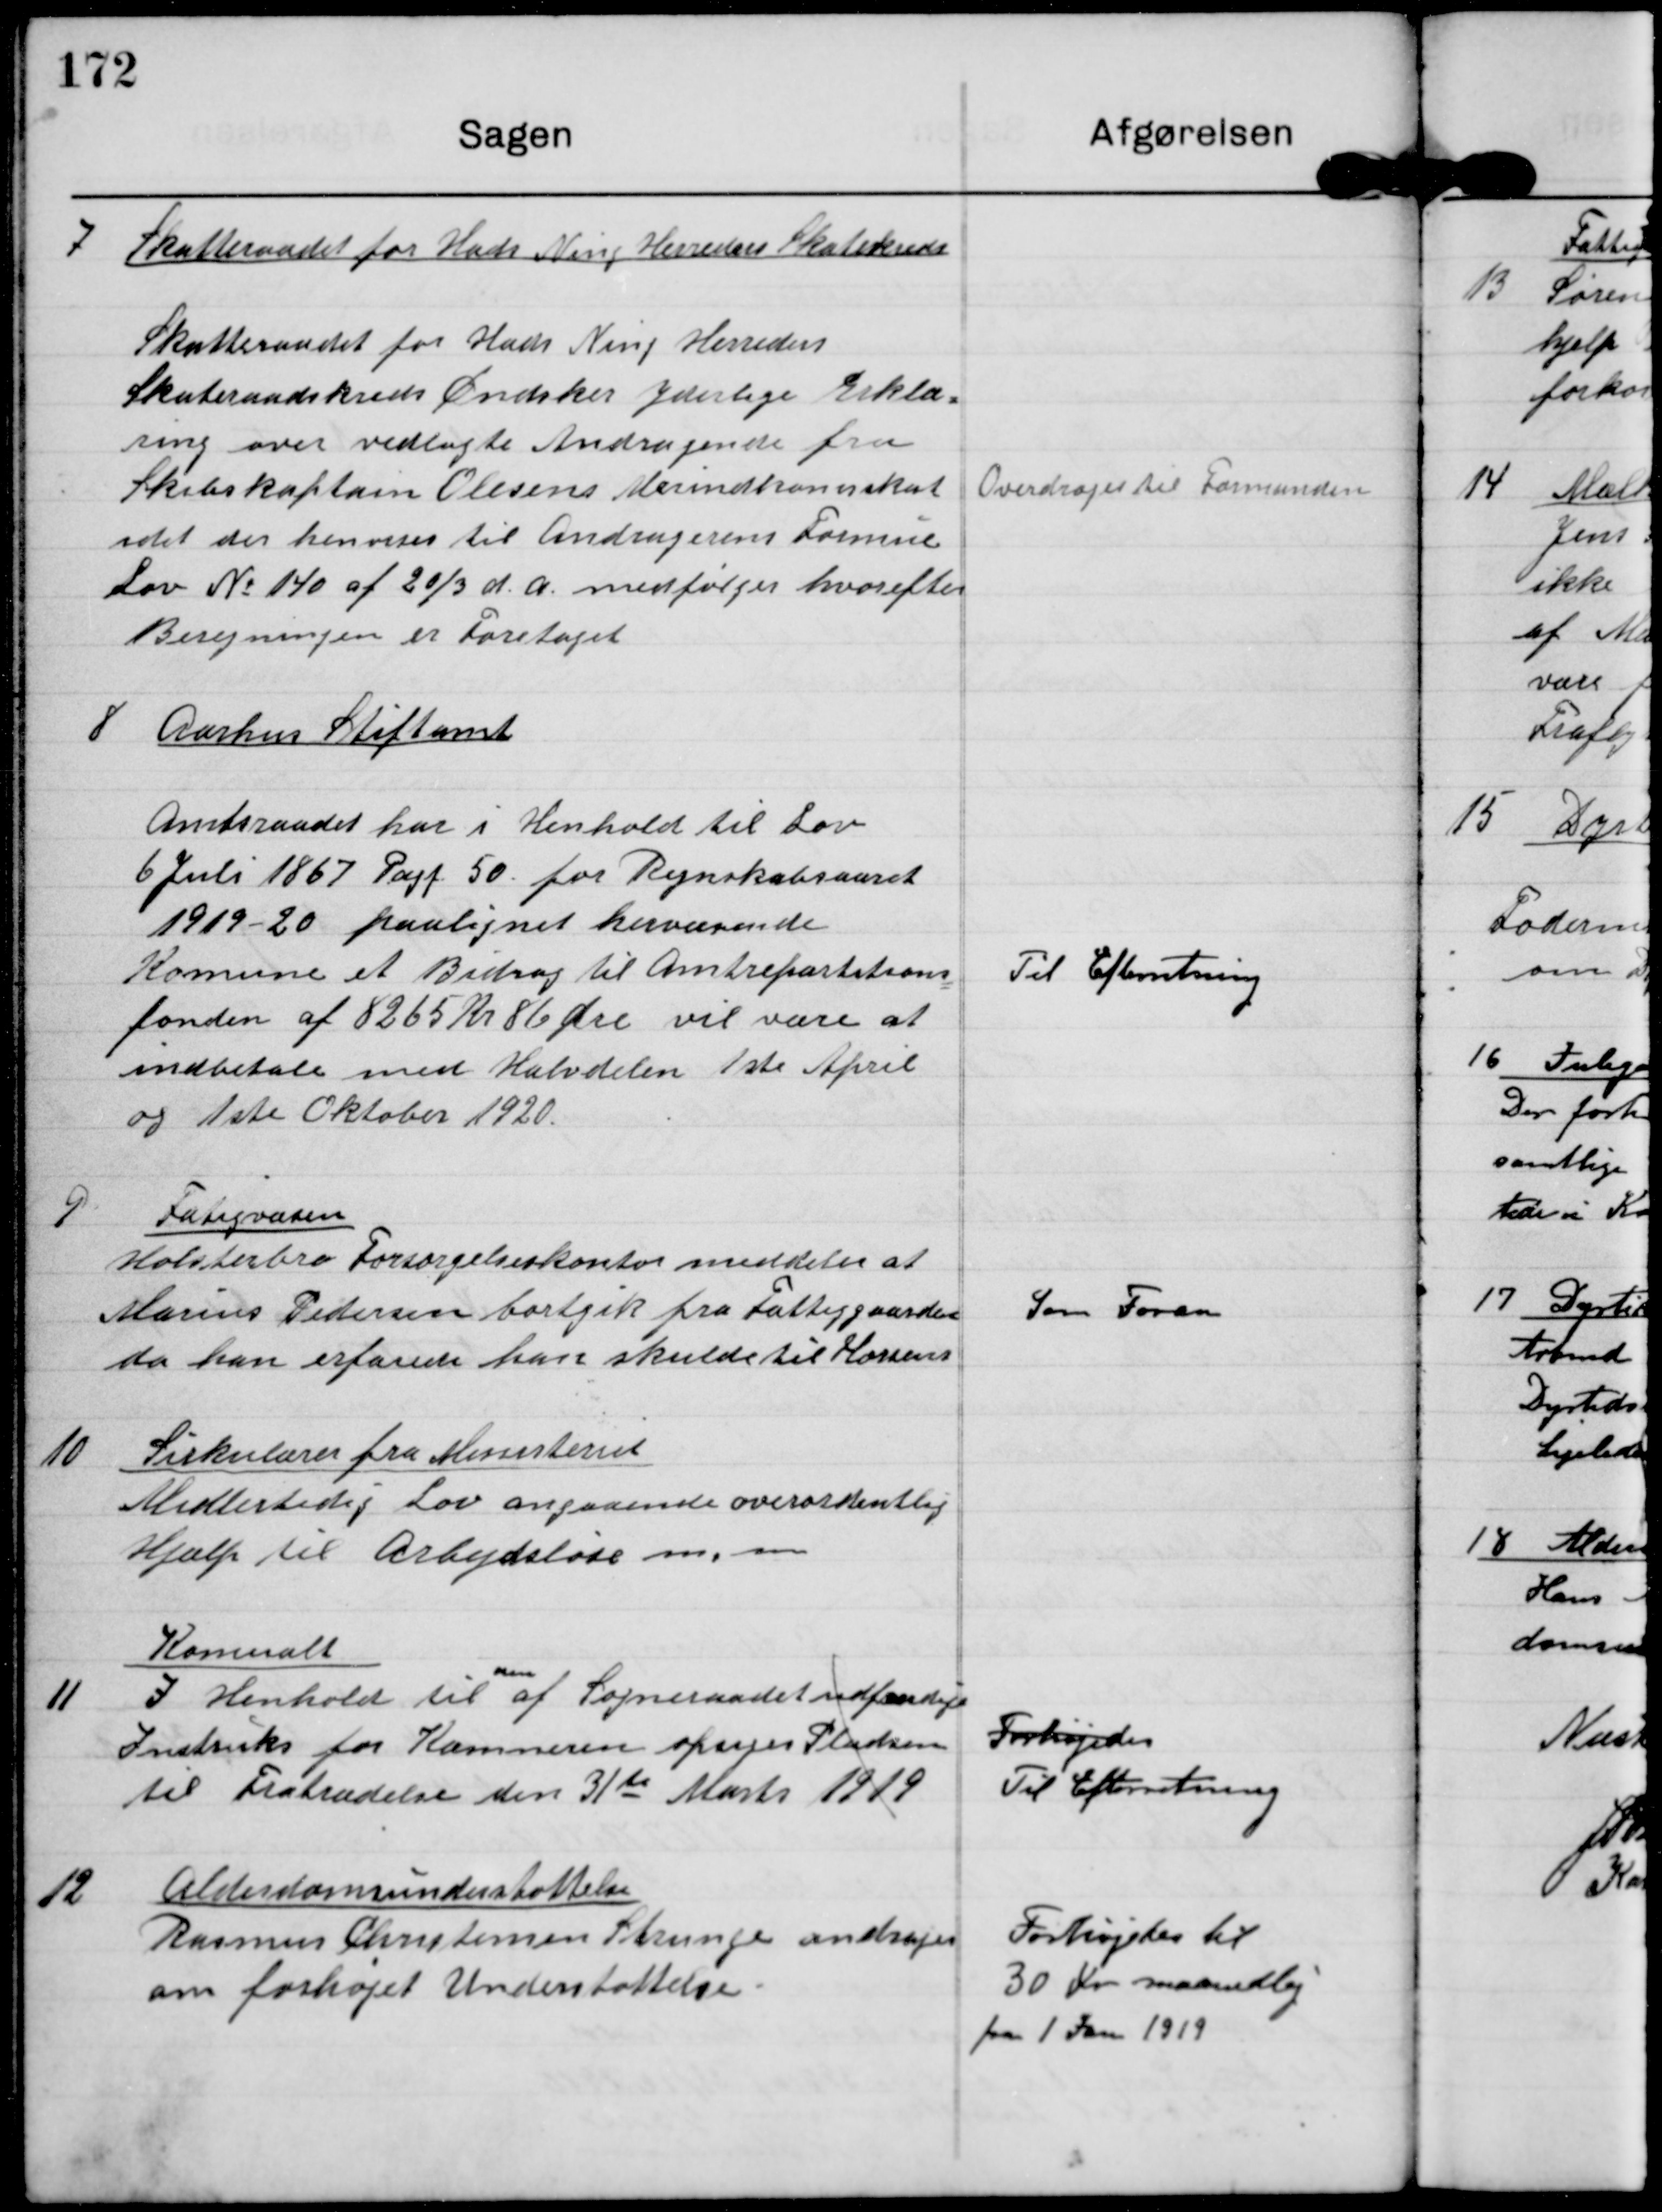
Transskription:
7
Skatteraadet for Hads Ning Herreders Skolekreds
Skatteraadet for Hads Ning Herreders
Skoleraadskreds Ønsker yderlige Erklæ-
ring over vedlagte Andragende fra
Skibskaptain Olesens Merindkomskat
idet der henvises til Andragerens formue
Lov nr 140 af 20/3 d.a. medfølger hvorefter
Beregningen er Foretaget

Overdrages til Formanden

8
Aarhus Stiftamt
Amtsraadet har i Henhold til Lov
6 Juli 1867 Pagf 50 for Regnskabsaaret
1919-20 paalignet herværende
Komune et Bidrag til Amtrepartitions
fonden af 8265 Kr 86 Øre vil være at
indbetale med Halvdelen 1ste April
og 1ste Oktober 1920.

Til Efterretning

9
Fatigvæsen
Holstebro Forsørgelseskontor meddeler at
Marius Pedersen bortgik fra Fattiggaarden
da han erfarede han skulde til Horsens

Som foran

10
Sirkulærer fra Ministeriet
Midlertidig Lov angaaende overordentlig
Hjælp til Arbejdsløse m.m

Komunalt
11
den
I Henhold  til af Sogneraadet udfærdigede
Instruks for Kæmnberen afsiges Pladsen
til Fratrædelse den 31de Marts 1919

Forhøjedes
Til Efterretning

12
Aldersomsunderstøttelse
Rasmus Christensen Strunge andrager
om forhøjet Understøttelse

Forhøjedes til
30 kr maanedlig
fra 1 Jan. 1919